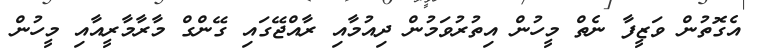
އެގޮތުން ވަޒީފާ ނެތް މީހުން އިތުރުވަމުން ދިއުމާއި ރާއްޖޭގައި ގޭންގް މާރާމާރީއާއި މީހުން